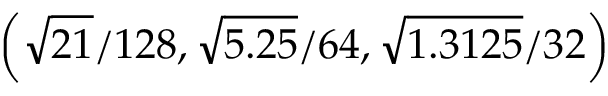
\left( \sqrt { 2 1 } / 1 2 8 , \sqrt { 5 . 2 5 } / 6 4 , \sqrt { 1 . 3 1 2 5 } / 3 2 \right)